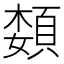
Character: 𫖟